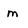
Character: m